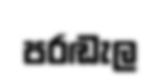
පරඬැල